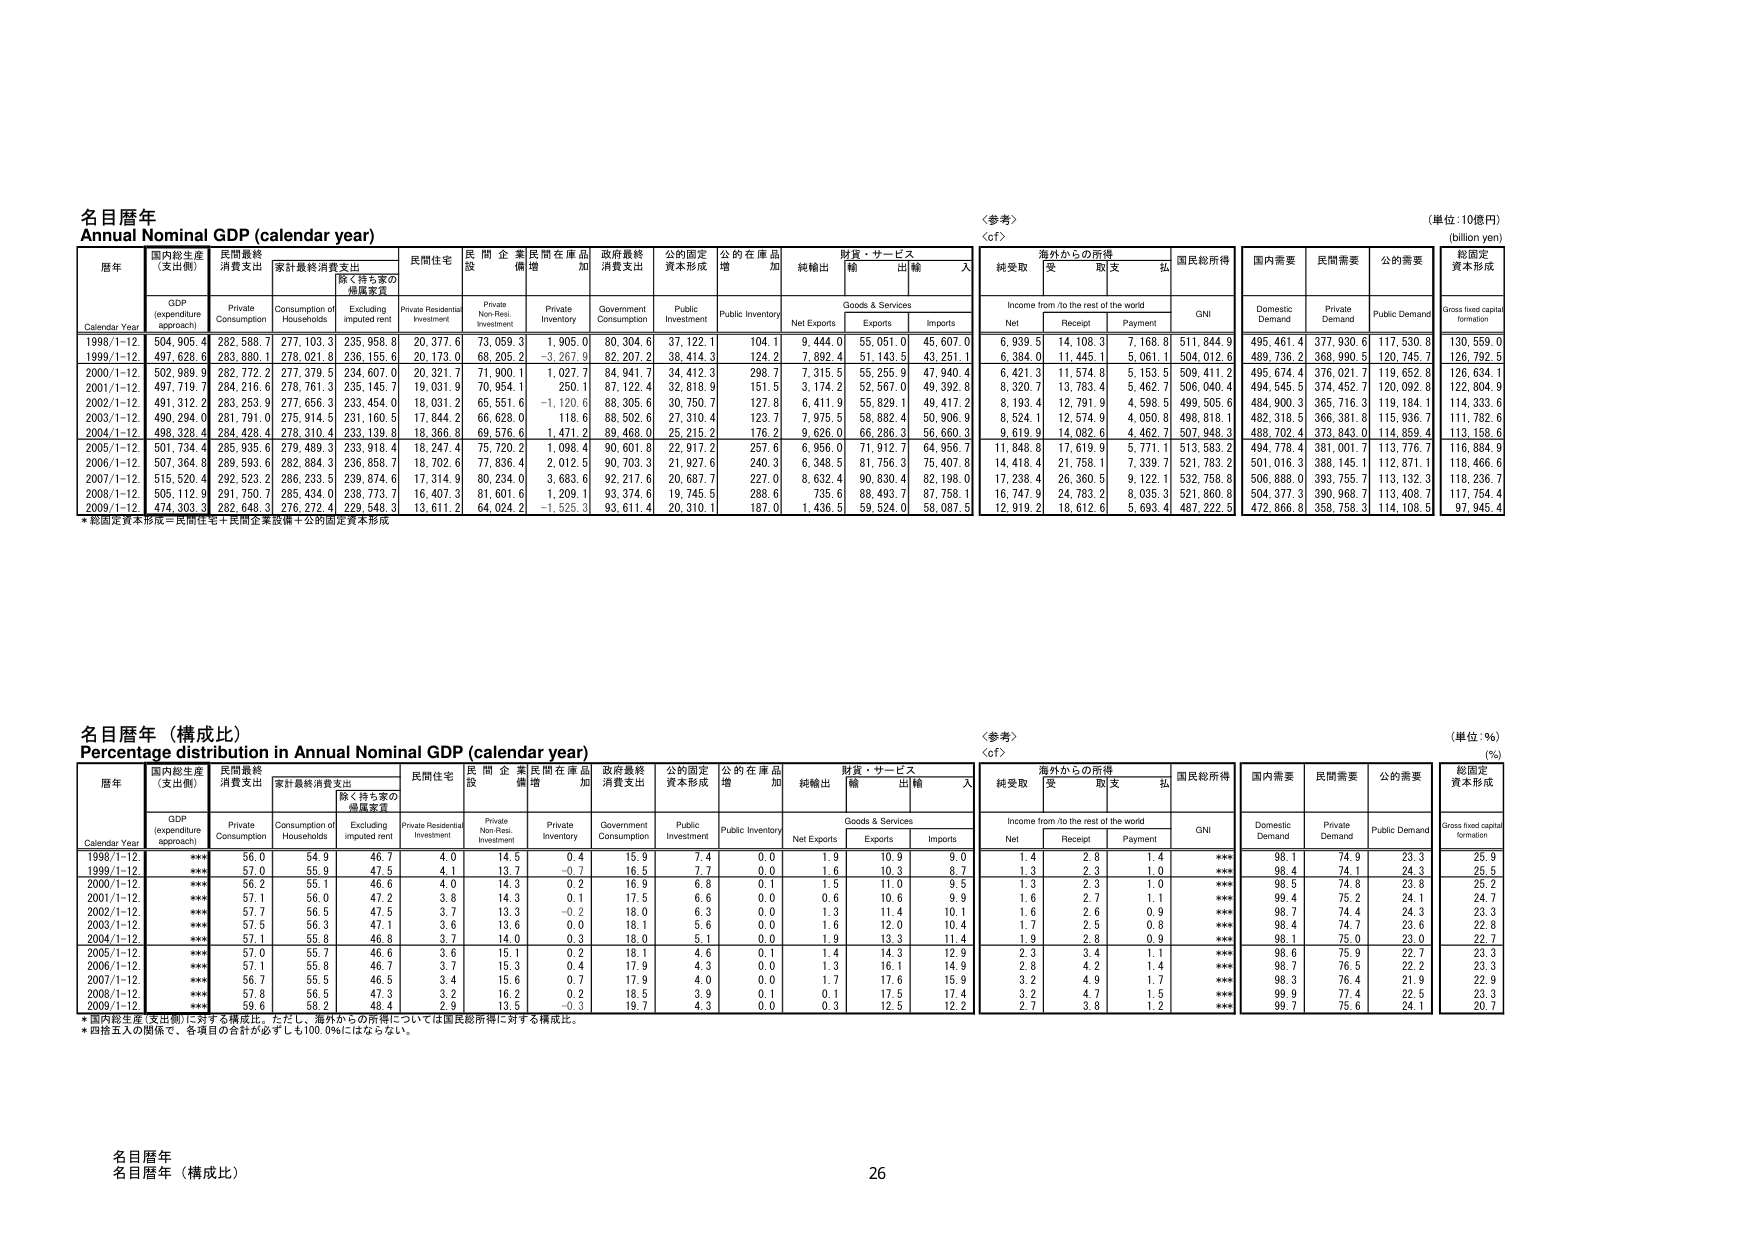
名目暦年
Annual Nominal GDP (calendar year)

〈参考〉
〈cf〉

（単位：10億円）
(billion yen)

暦年
Calendar Year

国内総生産
(支出側)
GDP
(expenditure approach)

民間最終
消費支出
Private Consumption

家計最終消費支出
Consumption of Households

除く持ち家の
帰属家賃
Excluding imputed rent

民間住宅
Private Residential Investment

民間企業
設備
Private Non-Res. Investment

民間在庫品
増加
Private Inventory

政府最終
消費支出
Government Consumption

公的固定
資本形成
Public Investment

公的在庫品
増加
Public Inventory

純輸出
Net Exports

財貨・サービス
Goods & Services

輸出
Exports

輸入
Imports

海外からの所得
Income from /to the rest of the world

国民総所得
GNI

国内需要
Domestic Demand

民間需要
Private Demand

公的需要
Public Demand

総固定
資本形成
Gross fixed capital formation

純受取
Net

受
Receipt

取支
Payment

払

1998/1-12
504,905.4
282,588.7
277,103.3
235,958.8
20,377.6
73,059.3
1,905.0
80,304.6
37,122.1
104.1
9,444.0
55,051.0
45,607.0
6,939.5
14,108.3
7,168.8
511,844.9
495,461.4
377,930.6
117,530.8
130,559.0

1999/1-12
497,628.6
283,880.1
278,021.8
236,155.6
20,173.0
68,205.2
-3,267.9
82,207.2
38,414.3
124.2
7,892.4
51,143.5
43,251.1
6,384.0
11,445.1
5,061.1
504,012.6
489,736.2
368,990.5
120,745.7
126,792.5

2000/1-12
502,989.9
282,772.2
277,379.5
234,607.0
20,321.7
71,900.1
1,027.7
84,941.7
34,412.3
298.7
7,315.5
55,255.9
47,940.4
6,421.3
11,574.8
5,153.5
509,411.2
495,674.4
376,021.7
119,652.8
126,634.1

2001/1-12
497,719.7
284,216.6
278,761.3
235,145.7
19,031.9
70,954.1
250.1
87,122.4
32,818.9
151.5
3,174.2
52,567.0
49,392.8
8,320.7
13,783.4
5,462.7
506,040.4
494,545.5
374,452.7
120,092.8
122,804.9

2002/1-12
491,312.2
283,253.9
277,656.3
233,454.0
18,031.2
65,551.6
-1,120.6
88,305.6
30,750.7
127.8
6,411.9
55,829.1
49,417.2
8,193.4
12,791.9
4,598.5
499,505.6
484,900.3
365,716.3
119,184.1
114,333.6

2003/1-12
490,294.0
281,791.0
275,914.5
231,160.5
17,844.2
66,628.0
118.6
88,502.6
27,310.4
123.7
7,975.5
58,882.4
50,906.9
8,524.1
12,574.9
4,050.8
498,818.1
482,318.5
366,381.8
115,936.7
111,782.6

2004/1-12
498,326.4
284,428.4
278,310.4
233,139.8
18,366.8
69,576.6
1,471.2
89,468.0
25,215.2
176.2
9,626.0
66,286.3
56,660.3
9,619.9
14,082.6
4,462.7
507,948.3
488,702.4
373,843.0
114,859.4
113,158.6

2005/1-12
501,734.4
285,935.6
279,489.3
233,918.4
18,247.4
75,720.2
1,098.4
90,601.8
22,917.2
257.6
6,956.0
71,912.7
64,956.7
11,848.8
17,619.9
5,771.1
513,583.2
494,778.4
381,001.7
113,776.7
116,884.9

2006/1-12
507,364.8
289,593.6
282,884.3
236,858.7
18,702.6
77,836.4
2,012.5
90,703.3
21,927.6
240.3
6,348.5
81,756.3
75,407.8
14,418.4
21,758.1
7,339.7
521,783.2
501,016.3
388,145.1
112,871.1
118,466.6

2007/1-12
515,520.4
292,523.2
286,233.5
239,874.6
17,314.9
80,234.0
3,683.6
92,217.6
20,687.7
227.0
8,632.4
90,830.4
82,198.0
17,238.4
26,360.5
9,122.1
532,758.8
506,888.0
393,755.7
113,132.3
118,236.7

2008/1-12
505,112.9
291,750.7
285,434.0
238,773.7
16,407.3
81,601.6
1,209.1
93,374.6
19,745.5
288.6
735.6
88,493.7
87,758.1
16,747.9
24,783.2
8,035.3
521,860.8
504,377.3
390,968.7
113,408.7
117,754.4

2009/1-12
474,303.3
282,648.3
276,272.4
229,548.3
13,611.2
64,024.2
-1,525.3
93,611.4
20,310.1
187.0
1,436.5
59,524.0
58,087.5
12,919.2
18,612.6
5,693.4
487,222.5
472,866.8
358,758.3
114,108.5
97,945.4

* 総固定資本形成＝民間住宅＋民間企業設備＋公的固定資本形成

名目暦年（構成比）
Percentage distribution in Annual Nominal GDP (calendar year)

〈参考〉
〈cf〉

（単位：%）
(%)

暦年
Calendar Year

国内総生産
(支出側)
GDP
(expenditure approach)

民間最終
消費支出
Private Consumption

家計最終消費支出
Consumption of Households

除く持ち家の
帰属家賃
Excluding imputed rent

民間住宅
Private Residential Investment

民間企業
設備
Private Non-Res. Investment

民間在庫品
増加
Private Inventory

政府最終
消費支出
Government Consumption

公的固定
資本形成
Public Investment

公的在庫品
増加
Public Inventory

純輸出
Net Exports

財貨・サービス
Goods & Services

輸出
Exports

輸入
Imports

海外からの所得
Income from /to the rest of the world

国民総所得
GNI

国内需要
Domestic Demand

民間需要
Private Demand

公的需要
Public Demand

総固定
資本形成
Gross fixed capital formation

純受取
Net

受
Receipt

取支
Payment

払

1998/1-12
***
56.0
54.9
46.7
4.0
14.5
0.4
15.9
7.4
0.0
1.9
10.9
9.0
1.4
2.8
1.4
***
98.1
74.9
23.3
25.9

1999/1-12
***
57.0
55.9
47.5
4.1
13.7
-0.7
16.5
7.7
0.0
1.6
10.3
8.7
1.3
2.3
1.0
***
98.4
74.1
24.3
25.5

2000/1-12
***
56.2
55.1
46.6
4.0
14.3
0.2
16.9
6.8
0.1
1.5
11.0
9.5
1.3
2.3
1.0
***
98.5
74.8
23.8
25.2

2001/1-12
***
57.1
56.0
47.2
3.8
14.3
0.1
17.5
6.6
0.0
0.6
10.6
9.9
1.6
2.7
1.1
***
99.4
75.2
24.1
24.7

2002/1-12
***
57.7
56.5
47.5
3.7
13.3
-0.2
18.0
6.3
0.0
1.3
11.4
10.1
1.6
2.6
0.9
***
98.7
74.4
24.3
23.3

2003/1-12
***
57.5
56.3
47.1
3.6
13.6
0.0
18.1
5.6
0.0
1.6
12.0
10.4
1.7
2.5
0.8
***
98.4
74.7
23.6
22.8

2004/1-12
***
57.5
56.3
47.1
3.7
14.0
0.3
18.0
5.1
0.0
1.9
13.3
11.4
1.9
2.8
0.9
***
98.1
75.0
23.0
22.7

2005/1-12
***
57.0
55.7
46.6
3.6
15.1
0.2
18.1
4.6
0.1
1.4
14.3
12.9
2.3
3.4
1.1
***
98.6
75.9
22.7
23.3

2006/1-12
***
57.1
55.8
46.7
3.7
15.3
0.4
17.9
4.3
0.0
1.3
16.1
14.9
2.8
4.2
1.4
***
98.7
76.5
22.2
23.3

2007/1-12
***
56.7
55.5
46.5
3.4
15.6
0.7
17.9
4.0
0.0
1.7
17.6
15.9
3.2
4.9
1.7
***
98.3
76.4
21.9
22.9

2008/1-12
***
57.8
56.5
47.3
3.2
16.2
0.2
18.5
3.9
0.1
0.1
17.5
17.4
3.2
4.7
1.5
***
99.9
77.4
22.5
23.3

2009/1-12
***
59.6
58.2
48.4
2.9
13.5
-0.3
19.7
4.3
0.0
0.3
12.5
12.2
2.7
3.8
1.2
***
99.7
75.6
24.1
20.7

* 国内総生産（支出側）に対する構成比。ただし、海外からの所得については国民総所得に対する構成比。
* 四捨五入の関係で、各項目の合計が必ずしも100.0%にはならない。

名目暦年（構成比）
名目暦年（構成比）
26